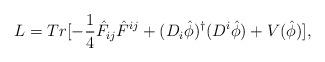
LaTeX: \begin{align*}L = Tr[ - \frac{1}{4} {\hat F}_{ij} {\hat F}^{ij} + (D_i {\hat \phi})^\dagger (D^i {\hat \phi}) + V (\hat \phi)],\end{align*}